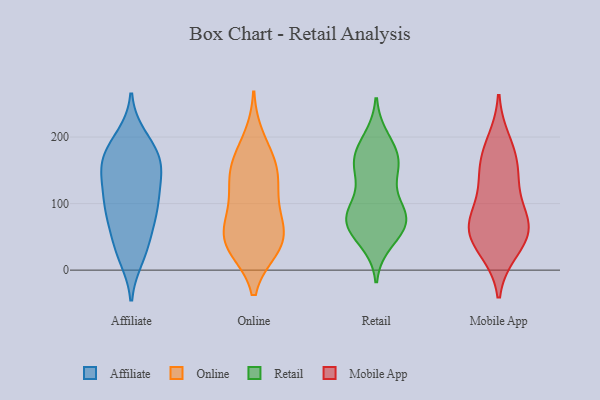
{"axis": {"x": "Website Visitors", "y": "Value"}, "legend": ["Affiliate", "Mobile App", "Online", "Retail"], "data": [{"x": "", "y": 200, "type": "Affiliate"}, {"x": "", "y": 89, "type": "Affiliate"}, {"x": "", "y": 173, "type": "Affiliate"}, {"x": "", "y": 39, "type": "Affiliate"}, {"x": "", "y": 151, "type": "Affiliate"}, {"x": "", "y": 155, "type": "Affiliate"}, {"x": "", "y": 142, "type": "Affiliate"}, {"x": "", "y": 20, "type": "Affiliate"}, {"x": "", "y": 168, "type": "Affiliate"}, {"x": "", "y": 79, "type": "Affiliate"}, {"x": "", "y": 124, "type": "Affiliate"}, {"x": "", "y": 111, "type": "Affiliate"}, {"x": "", "y": 100, "type": "Affiliate"}, {"x": "", "y": 48, "type": "Affiliate"}, {"x": "", "y": 156, "type": "Affiliate"}, {"x": "", "y": 23, "type": "Affiliate"}, {"x": "", "y": 100, "type": "Affiliate"}, {"x": "", "y": 194, "type": "Affiliate"}, {"x": "", "y": 78, "type": "Affiliate"}, {"x": "", "y": 175, "type": "Affiliate"}, {"x": "", "y": 35, "type": "Online"}, {"x": "", "y": 163, "type": "Online"}, {"x": "", "y": 104, "type": "Online"}, {"x": "", "y": 131, "type": "Online"}, {"x": "", "y": 38, "type": "Online"}, {"x": "", "y": 32, "type": "Online"}, {"x": "", "y": 60, "type": "Online"}, {"x": "", "y": 199, "type": "Online"}, {"x": "", "y": 137, "type": "Online"}, {"x": "", "y": 147, "type": "Online"}, {"x": "", "y": 32, "type": "Online"}, {"x": "", "y": 91, "type": "Online"}, {"x": "", "y": 66, "type": "Online"}, {"x": "", "y": 60, "type": "Online"}, {"x": "", "y": 165, "type": "Online"}, {"x": "", "y": 70, "type": "Retail"}, {"x": "", "y": 180, "type": "Retail"}, {"x": "", "y": 93, "type": "Retail"}, {"x": "", "y": 69, "type": "Retail"}, {"x": "", "y": 195, "type": "Retail"}, {"x": "", "y": 75, "type": "Retail"}, {"x": "", "y": 168, "type": "Retail"}, {"x": "", "y": 154, "type": "Retail"}, {"x": "", "y": 67, "type": "Retail"}, {"x": "", "y": 91, "type": "Retail"}, {"x": "", "y": 157, "type": "Retail"}, {"x": "", "y": 149, "type": "Retail"}, {"x": "", "y": 78, "type": "Retail"}, {"x": "", "y": 45, "type": "Retail"}, {"x": "", "y": 70, "type": "Mobile App"}, {"x": "", "y": 171, "type": "Mobile App"}, {"x": "", "y": 33, "type": "Mobile App"}, {"x": "", "y": 192, "type": "Mobile App"}, {"x": "", "y": 30, "type": "Mobile App"}, {"x": "", "y": 67, "type": "Mobile App"}, {"x": "", "y": 158, "type": "Mobile App"}, {"x": "", "y": 68, "type": "Mobile App"}, {"x": "", "y": 72, "type": "Mobile App"}, {"x": "", "y": 136, "type": "Mobile App"}, {"x": "", "y": 60, "type": "Mobile App"}, {"x": "", "y": 122, "type": "Mobile App"}]}